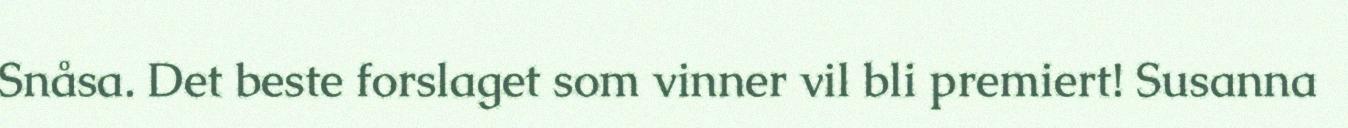
Snåsa. Det beste forslaget som vinner vil bli premiert! Susanna